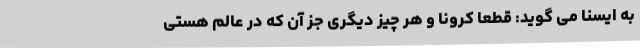
به ایسنا می گوید: قطعا کرونا و هر چیز دیگری جز آن که در عالم هستی